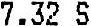
7.32 S